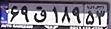
۶۹ق۱۸۹۵۳